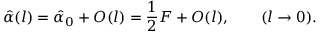
\hat { \alpha } ( l ) = \hat { \alpha } _ { 0 } + { \cal O } ( l ) = { \frac { 1 } { 2 } } F + { \cal O } ( l ) , \qquad ( l \to 0 ) .